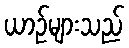
ယာဉ်များသည်